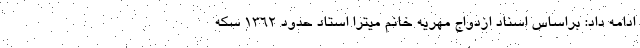
ادامه داد: براساس اسناد ازدواج مهریه خانم میترا استاد حدود 1362 سکه